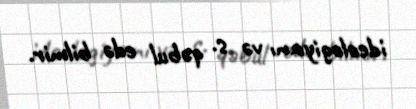
ideologiyanı və s. qəbul edə bilmir.